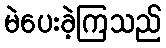
မဲပေးခဲ့ကြသည်